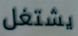
يشتغل